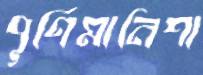
পূর্ণিমানিশা